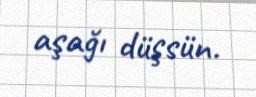
aşağı düşsün.